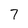
Character: 7